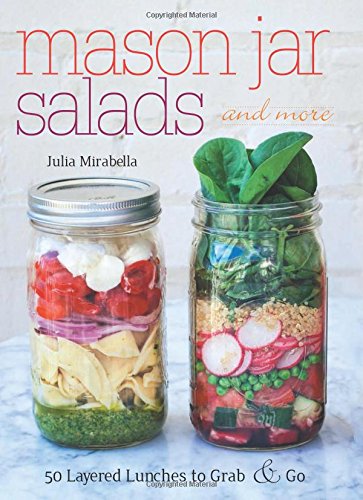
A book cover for Mason Jar Salads and More: 50 Layered Lunches to Grab and Go; Julia Mirabella; Cookbooks, Food & Wine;